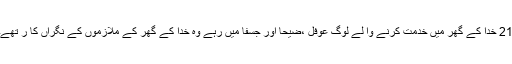
21 خدا کے گھر میں خدمت کرنے وا لے لوگ عوفل ،ضیحا اور جِسفا میں رہے وہ خدا کے گھر کے ملازموں کے نگراں کا ر تھے۔